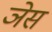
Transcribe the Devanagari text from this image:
ञेस